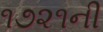
૧૭૨૧ની